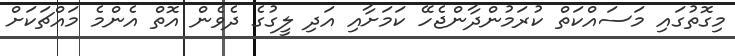
މިގޮތުގައި މަސައްކަތް ކުރަމުންދާންޖެހޭ ކަމަށާއި އަދި ލީގުގެ ދެވެން އޮތް އެންމެ މައްޗަކަށް